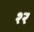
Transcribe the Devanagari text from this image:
श्‍र